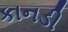
કાનડી